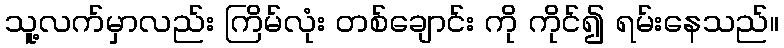
သူ့လက်မှာလည်း ကြိမ်လုံး တစ်ချောင်း ကို ကိုင်၍ ရမ်းနေသည်။